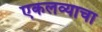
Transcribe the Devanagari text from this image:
एकलव्याचा